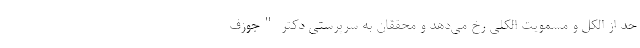
حد از الکل و مسمویت الکلی رخ می‌دهد و محققان به سرپرستی دکتر "جوزف